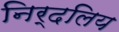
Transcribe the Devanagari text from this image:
निर्दलिय